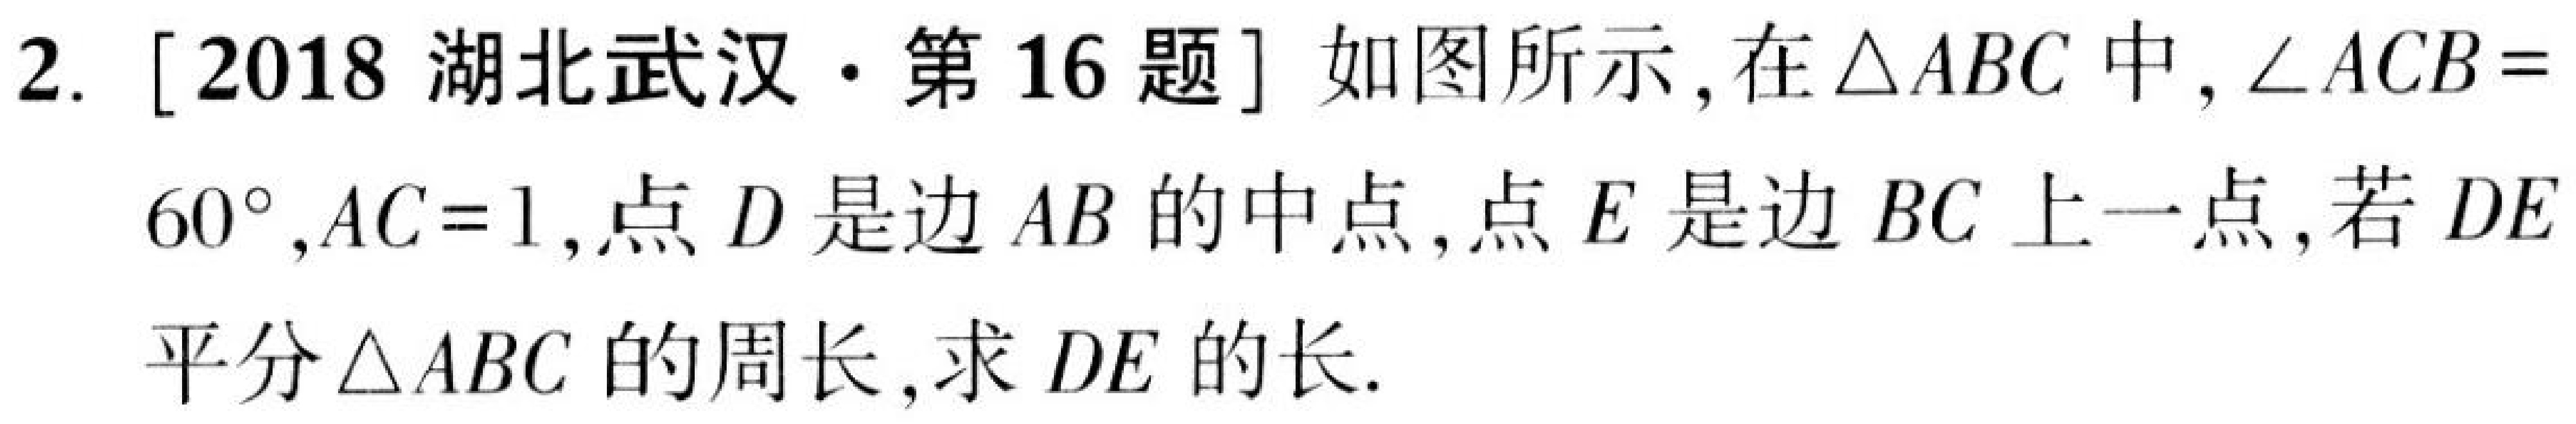
2. [2018 湖北武汉·第 16 题] 如图所示, 在$\triangle ABC$中, $\angle ACB = 60^{\circ}, AC = 1$, 点$D$是边$AB$的中点, 点$E$是边$BC$上一点, 若$DE$平分$\triangle ABC$的周长, 求$DE$的长.